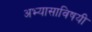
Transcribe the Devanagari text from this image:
अभ्यासाविषयी